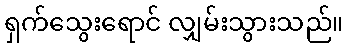
ရှက်သွေးရောင် လျှမ်းသွားသည်။